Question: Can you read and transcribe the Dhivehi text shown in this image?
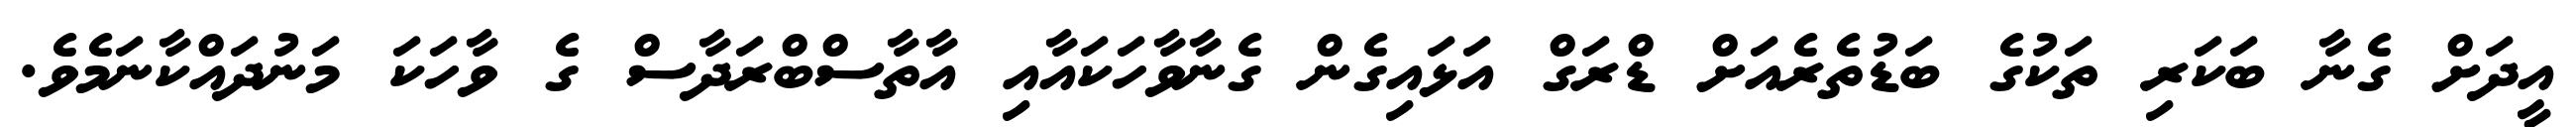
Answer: އީދަށް ގެނާ ބަކަރި ތަކުގެ ބަޑުތެރެއަށް ޑްރަގް އަޅައިގެން ގެނާވާހަކައާއި އާތާސްބްރަދާސް ގެ ވާހަކަ މަނުދައްކާނަމެވެ.